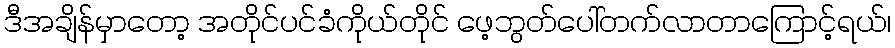
ဒီအချိန်မှာတော့ အတိုင်ပင်ခံကိုယ်တိုင် ဖေ့ဘွတ်ပေါ်တက်လာတာကြောင့်ရယ်၊